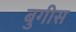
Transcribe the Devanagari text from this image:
बुगीस